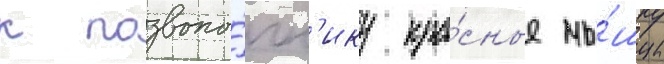
к позвоно́чн'ику кра́сные мы́шцы